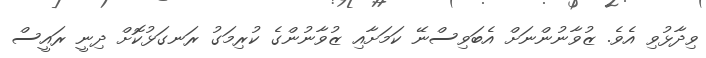
ވިދާޅުވި އެވެ. ޒުވާނުންނަށް އެބަވިސްނޭ ކަމަށާއި ޒުވާނުންގެ ކުރިމަގު ރަނގަޅުކޮށް ދިނީ ރައީސް